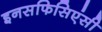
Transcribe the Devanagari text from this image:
इनसफिसिएंसी